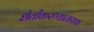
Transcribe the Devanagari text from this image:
शेतीकरण्यालायक